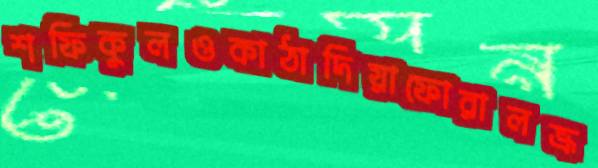
শফিকুলওকাঠাদিয়াফোরালভ্রূ